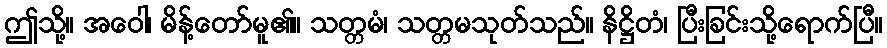
ဤသို့။ အဝေါ၊ မိန့်တော်မူ၏။ သတ္တမံ၊ သတ္တမသုတ်သည်။ နိဋ္ဌိတံ၊ ပြီးခြင်းသို့ရောက်ပြီ။